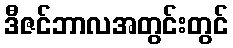
ဒီဇင်ဘာလအတွင်းတွင်